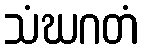
သံဃဂတံ